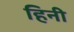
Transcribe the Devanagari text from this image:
हिनी